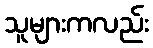
သူများကလည်း